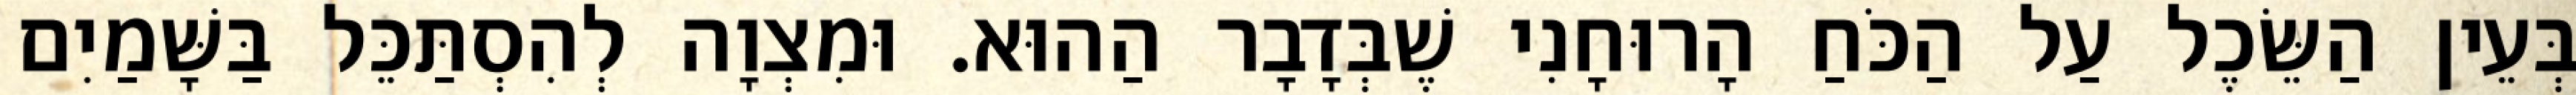
בְּעֵין הַשֵּׂכֶל עַל הַכֹּחַ הָרוּחָנִי שֶׁבְּדָבָר הַהוּא. וּמִצְוָה לְהִסְתַּכֵּל בַּשָּׁמַיִם